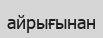
айрығынан